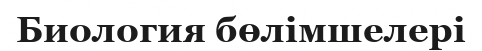
Биология бөлімшелері